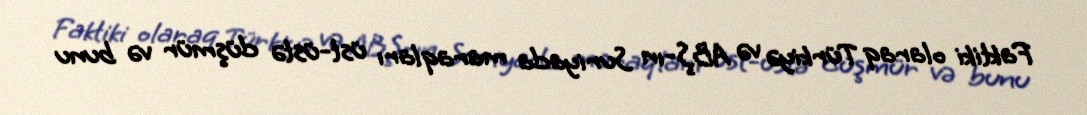
Faktiki olaraq Türkiyə və ABŞ-ın Suriyada maraqları üst-üstə düşmür və bunu